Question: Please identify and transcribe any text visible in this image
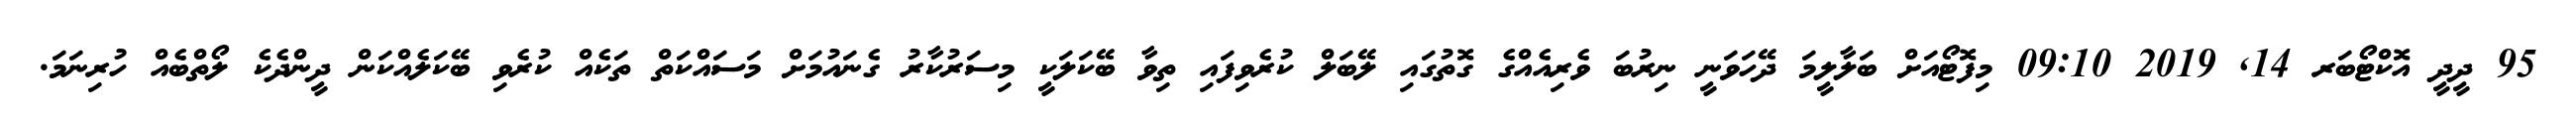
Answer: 95 ދީދީ އޮކްޓޯބަރ 14, 2019 09:10 މިފޮޓޯއަށް ބަލާލީމަ ދޭހަވަނީ ނިރުބަ ވެރިއެއްގެ ގޮތުގައި ލޭބަލް ކުރެވިފައި ތިވާ ބޭކަލަކީ މިސަރުކާރު ގެނައުމަށް މަސައްކަތް ތަކެއް ކުރެވި ބޭކަލެއްކަން ދީންދެކެ ލޯތްބެއް ހުރިނަމަ.